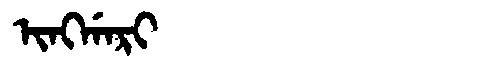
Manchu: ᡳᠩᡤᠠᡵᡳ
Romanization: INGGARI